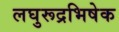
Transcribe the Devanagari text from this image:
लघुरूद्रभिषेक